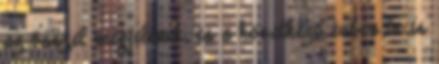
az ősszel megjelenik, és a következő évben be is